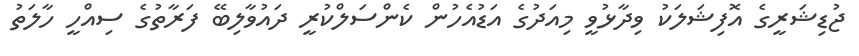
ޖުޑިޝަރީގެ އޮފިޝަލަކު ވިދާޅުވީ މިއަދުގެ އަޑުއެހުން ކެންސަލްކުރީ ދައުވާލިބޭ ފަރާތުގެ ސިއްހީ ހާލަތު